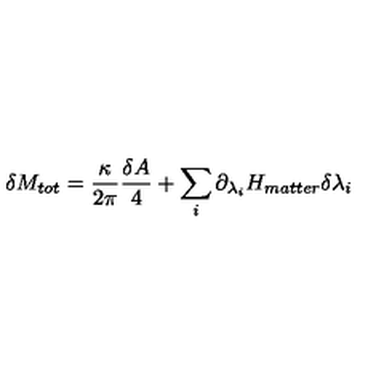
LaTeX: \delta M _ { t o t } = { \frac { \kappa } { 2 \pi } } { \frac { \delta A } { 4 } } + \sum _ { i } \partial _ { \lambda _ { i } } H _ { m a t t e r } \delta \lambda _ { i }